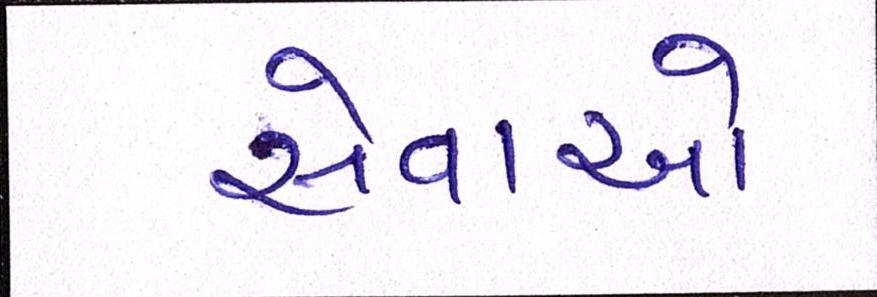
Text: સેવાઓ